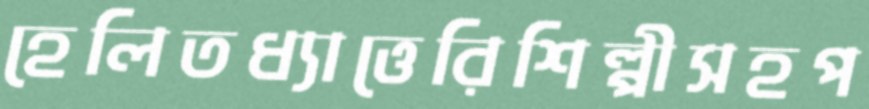
হেলিতধ্যাত্তেরিশিল্পীসহপ